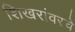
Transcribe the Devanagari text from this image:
शिखरांवरचे